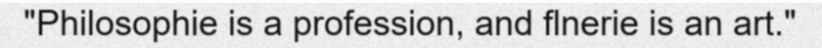
"Philosophie is a profession, and flnerie is an art."